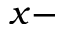
x -